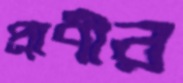
প্রাণীর